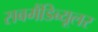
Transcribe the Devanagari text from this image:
सबमैंडिब्यूलर